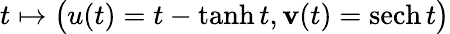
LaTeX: t\mapsto{\big(}u(t)=t-\operatorname{tanh}t,\mathbf{v}(t)=\operatorname{sech}t{\big)}